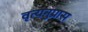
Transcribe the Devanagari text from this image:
वृत्यनुप्रास